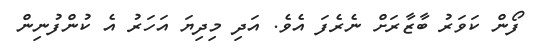
ފޯން ކަވަރު ބާޒާރަށް ނެރެފަ އެވެ. އަދި މިދިޔަ އަހަރު އެ ކުންފުނިން